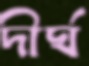
দীর্ঘ